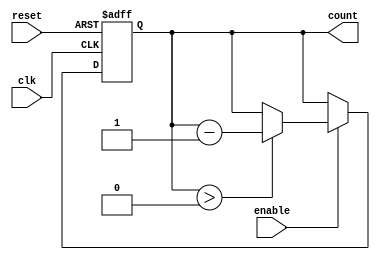
module DecrementalCounter #(
    parameter N = 8  // Define the initial value of the counter (in bits)
)(
    input wire clk,       // Clock signal
    input wire reset,     // Asynchronous reset signal
    input wire enable,    // Enable signal for counting down
    output reg [N-1:0] count // Current value of the counter
);

    // Initialize the counter with the initial value (N)
    initial begin
        count = N; // Set initial count value to N
    end

    // Asynchronous reset logic
    always @(posedge clk or posedge reset) begin
        if (reset) begin
            count <= N;  // Reset count to initial value N
        end else if (enable) begin
            if (count > 0) begin
                count <= count - 1; // Decrement count
            end
            // If count is 0, it remains at 0
        end
    end

endmodule